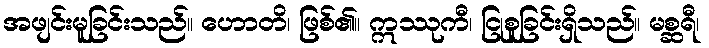
အဖျင်းမူခြင်းသည်။ ဟောတိ၊ ဖြစ်၏။ ဣဿုကီ၊ ငြုစူခြင်းရှိသည်။ မစ္ဆရီ၊